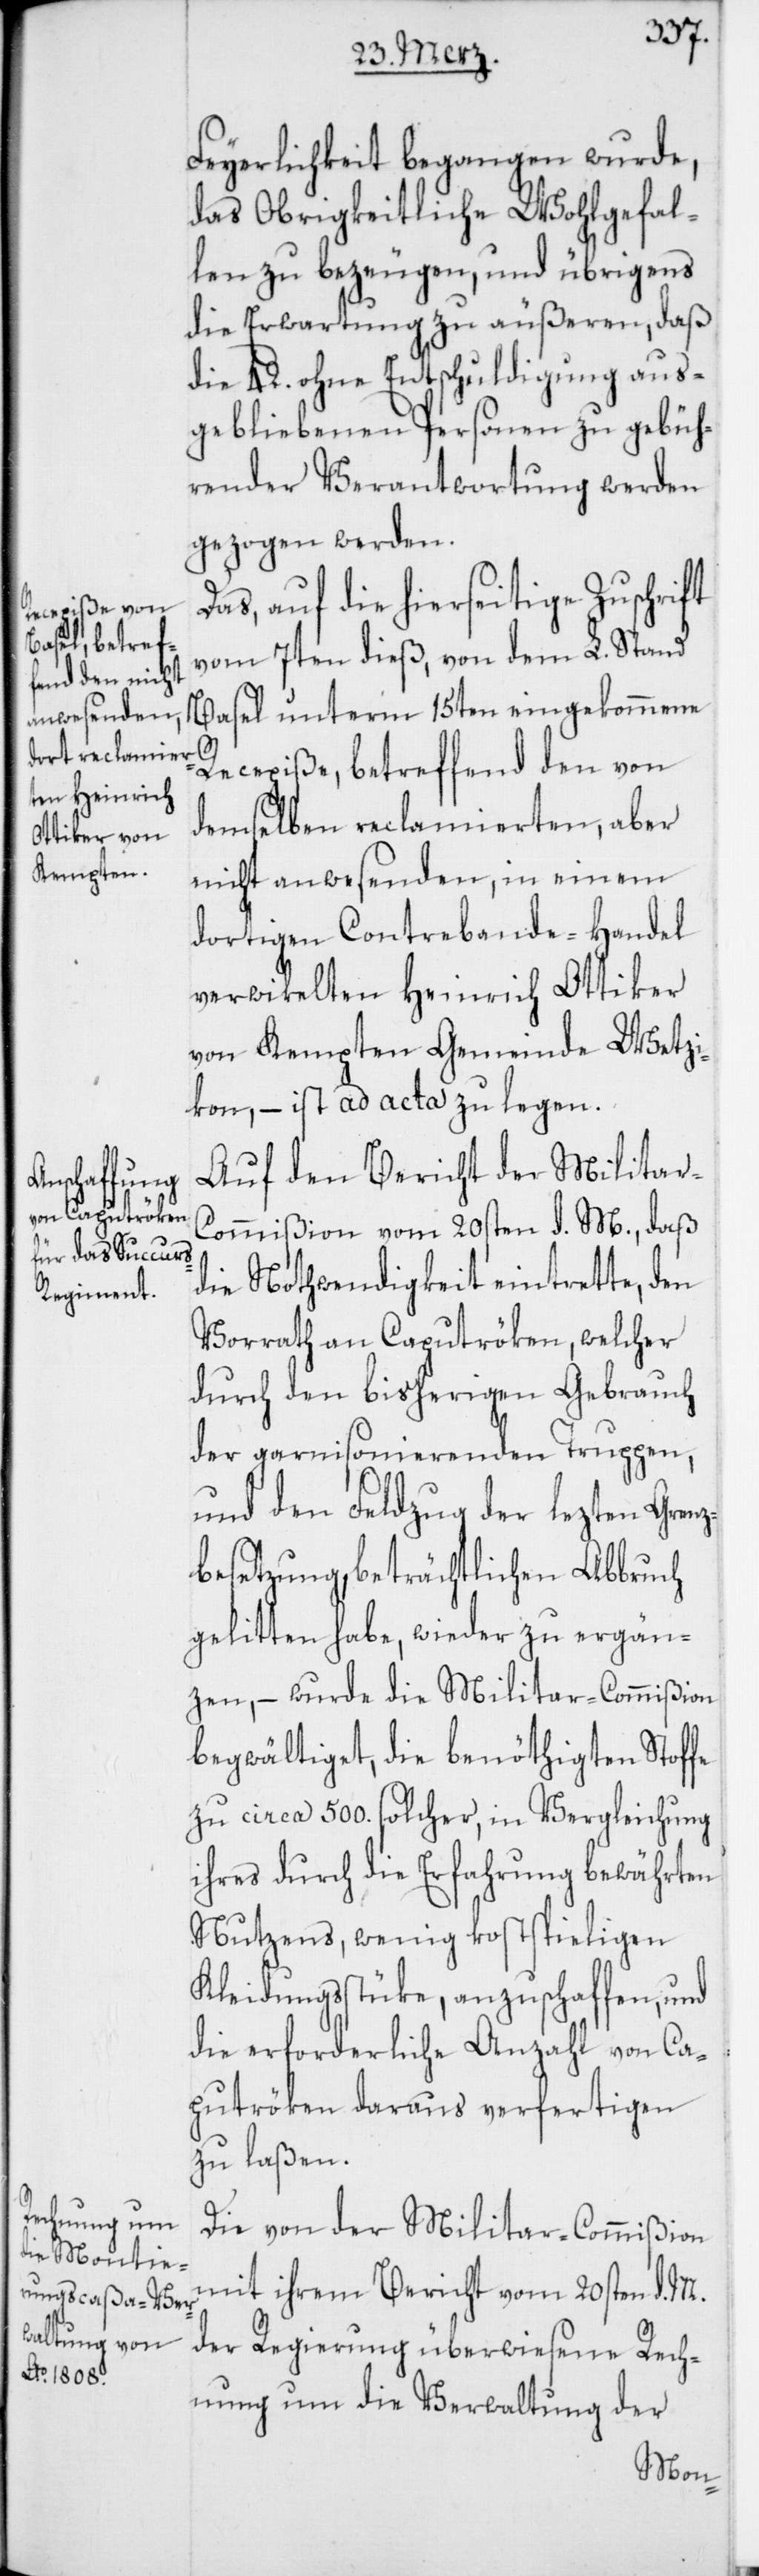
Feyerlichkeit begangen wurde,
das Obrigkeitliche Wohlgefal¬
len zu bezeugen, und übrigens
die Erwartung zu äußeren, daß
die 42. ohne Entschuldigung aus¬
gebliebenen Personen zu gebüh¬
render Verantwortung werden
gezogen werden.
Das, auf die hierseitige Zuschrift
vom 7ten dieß, von dem L. Stand
Basel unterm 15ten eingekommene
Recepiße, betreffend den von
demselben reclamierten, aber
nicht anwesenden, in einem
dortigen Contrebande-Handel
verwikelten Heinrich Ottiker
von Kempten Gemeinde Wetzi¬
kon, – ist ad acta zu legen.
Auf den Bericht der Militar-C¬
ommißion vom 20sten d. M., daß
die Nothwendigkeit eintrette, den
Vorrath an Caputröken, welcher
durch den bisherigen Gebrauch
der garnisonierenden Truppen,
und den Feldzug der lezten Grenz¬
besetzung, beträchtlichen Abbruch
gelitten habe, wieder zu ergän¬
zen, – wurde die Militar-Commißion
begwältiget, die benöthigten Stoffe
zu circa 500. solcher, in Vergleichung
ihres durch die Erfahrung bewährten
Nutzens, wenig kostspieligen
Kleidungsstüke, anzuschaffen, und
die erforderliche Anzahl von Ca¬
putröken daraus verfertigten
zu laßen.
Die von der Militar-Commißion
mit ihrem Bericht vom 20sten d. M.
der Regierung überwiesene Rech¬
nung um die Verwaltung der